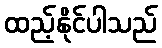
ထည့်နိုင်ပါသည်